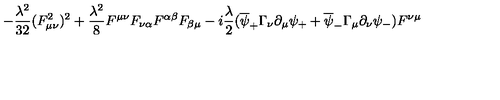
- { \frac { \lambda ^ { 2 } } { 3 2 } } ( F _ { \mu \nu } ^ { 2 } ) ^ { 2 } + { \frac { \lambda ^ { 2 } } { 8 } } F ^ { \mu \nu } F _ { \nu \alpha } F ^ { \alpha \beta } F _ { \beta \mu } - i { \frac { \lambda } { 2 } } ( \overline { { \psi } } _ { + } \Gamma _ { \nu } \partial _ { \mu } \psi _ { + } + \overline { { \psi } } _ { - } \Gamma _ { \mu } \partial _ { \nu } \psi _ { - } ) F ^ { \nu \mu }